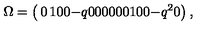
\Omega = \left( \begin{matrix} { 0 } & { 1 } & { 0 } & { 0 } & { } \\ { - q } & { 0 } & { 0 } & { 0 } & { } \\ { 0 } & { 0 } & { 0 } & { 1 } & { } \\ { 0 } & { 0 } & { - q ^ { 2 } } & { 0 } & { } \\ \end{matrix} \right) ,